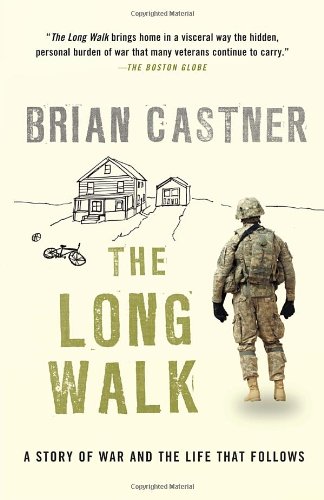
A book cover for The Long Walk: A Story of War and the Life That Follows; Brian Castner; History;